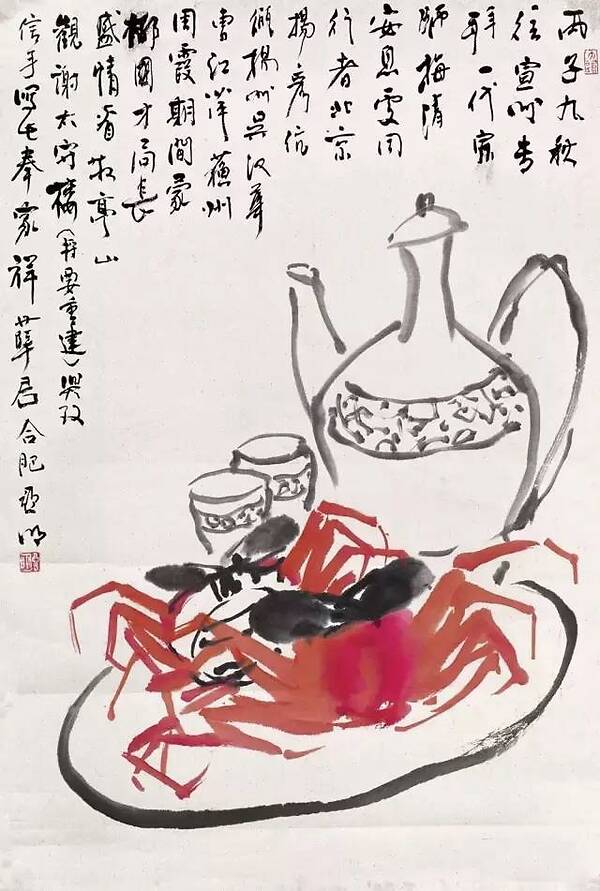
风摧寒棕响，月入霜闺悲。